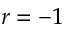
r = - 1